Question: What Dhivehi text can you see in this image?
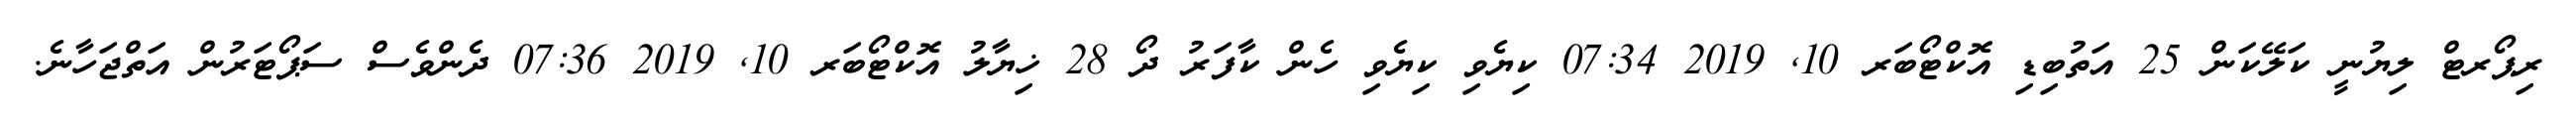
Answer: ރިޕޯރޓް ލިޔުނީ ކަލޭކަން 25 އަތުބިޑި އޮކްޓޯބަރ 10, 2019 07:34 ކިޔެވި ކިޔެވި ހެން ކާފަރު ދޯ 28 ޚިޔާލު އޮކްޓޯބަރ 10, 2019 07:36 ދެންވެސް ސަޕޯޓަރުން އަތްޖަހާނެ.